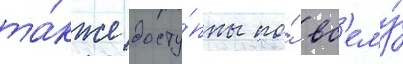
та́кже досту́пны по́ вс'ему́